Indian Medical Review
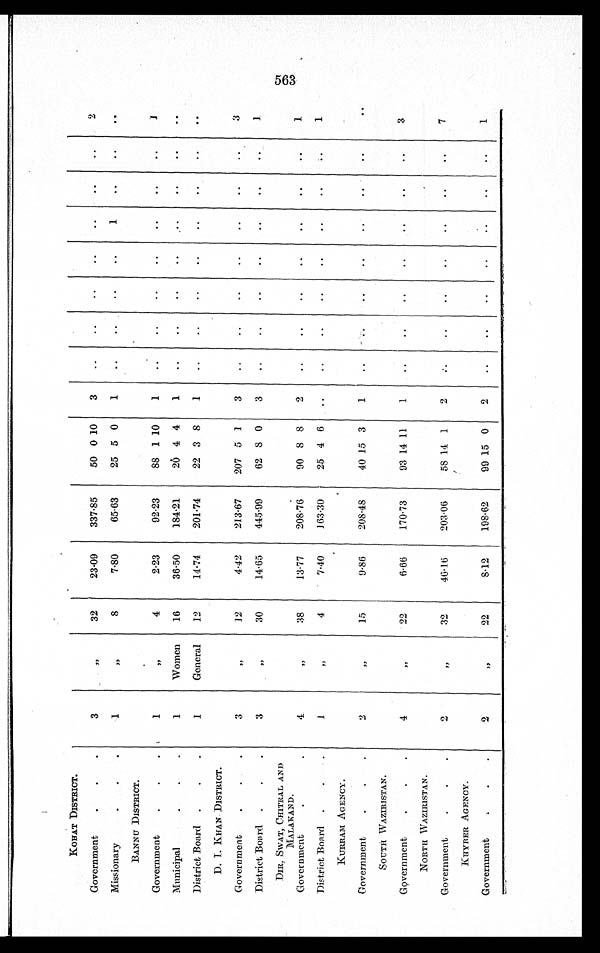
KOHAT DISTRICT.
Government
3
,,
32
23.09
337.85
50 0 10
3
2
Missionary
1
,,
8
7.80
65.63
25 5 0
1
1
BANNU DISTRICT.
Government
1
,,
4
2.23
92.23
88 1 10
1
1
Municipal
1
Women 16
36.50
184.21
20 4 4
1
District Board
1
General 12
14.74
201.74
22 3 8
1
D. L. KHAN DISTRICT.
Government
3
,,
12
4.42
213.67
207 5 1
3
3
District Board
3
,,
30
14.65
445.99
62 8 0
3
1
DIR, SWAT, CHITRAL AND
MAL AKAND.
Government
4
,,
38
13.77
208.76
90 8 8
2
1
District Board
1
,,
4
7.40
163.30
25 4 6
1
KURRAM AGENCY.
Government
2
,,
15
9.86
208.48
40 15 3
1
SOUTH WAZIRISTAN.
Government
4
,,
22
6.66
170.73
93 14 11
1
3
NORTH WAZIRISTAN.
Government
2
,,
32
46.16
203.06
58 14 1
2
7
KHYBER AGENCY.
Government
2
,,
22
8.12
198.62
99 15 0
2
1
563